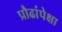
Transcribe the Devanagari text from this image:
प्रौढांपेक्षा